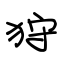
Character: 狩